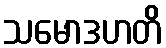
သမောဒဟတိ